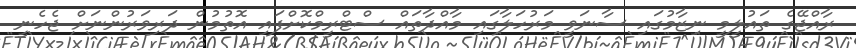
ރާއްޖޭގެ ތައުލީމީ ނިޒާމުގައި ސާނަވީ މަރުހަލާގައި މާއްދާތައް ސްޓްރީމްކޮށްފައި އޮތުމުން ދަރިވަރުންނަށް ޖެހެނީ